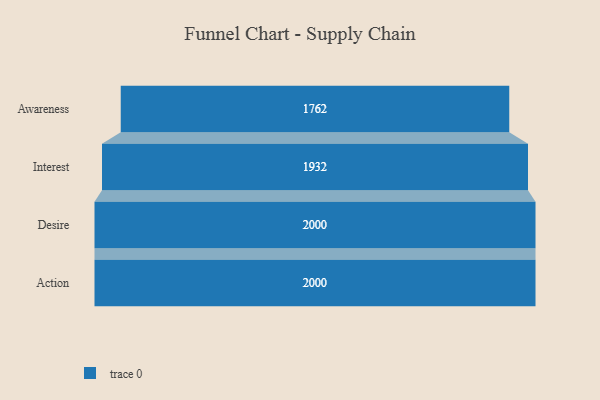
{"axis": {"x": "Stage", "y": "Value"}, "legend": [""], "data": [{"x": "Awareness", "y": 1762.0, "type": ""}, {"x": "Interest", "y": 1932.0, "type": ""}, {"x": "Desire", "y": 2000, "type": ""}, {"x": "Action", "y": 2000, "type": ""}]}